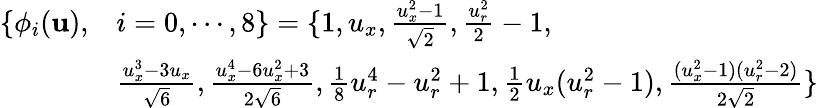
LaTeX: \begin{array}{rl}{\{ \phi_{i}(\mathbf{u}),}&{i=0,\cdots,8\} =\{ 1,{u}_{x},\frac{{u}_{x}^{2}-1}{\sqrt{2}},\frac{{u}_{r}^{2}}{2}-1,}\\ &{\frac{{u}_{x}^{3}-3{u}_{x}}{\sqrt{6}},\frac{{u}_{x}^{4}-6{u}_{x}^{2}+3}{2\sqrt{6}},\frac{1}{8}{u}_{r}^{4}-{u}_{r}^{2}+1,\frac{1}{2}{u}_{x}({u}_{r}^{2}-1),\frac{({u}_{x}^{2}-1)({u}_{r}^{2}-2)}{2\sqrt{2}}\} }\end{array}